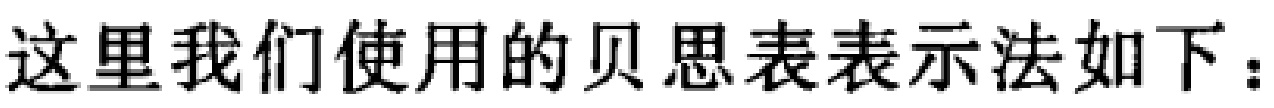
这里我们使用的贝思表表示法如下：